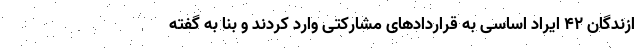
ازندگان ۴۲ ایراد اساسی به قراردادهای مشارکتی وارد کردند و بنا به گفته